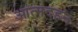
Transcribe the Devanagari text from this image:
आत्मदहन